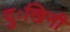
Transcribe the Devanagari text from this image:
दुःखिनी